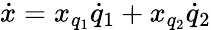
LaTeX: {\dot{x}}=x_{q_{1}}{\dot{q}}_{1}+x_{q_{2}}{\dot{q}}_{2}